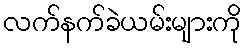
လက်နက်ခဲယမ်းများကို